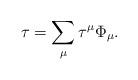
LaTeX: \begin{align*}\tau=\sum_{\mu}\tau^{\mu}\Phi_\mu.\end{align*}